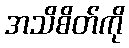
အသိစိတ်ကို